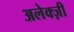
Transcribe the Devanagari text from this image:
अलेक्ज़ी